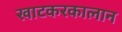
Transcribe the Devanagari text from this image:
खाटकरकालान